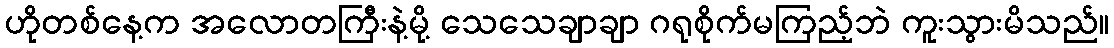
ဟိုတစ်နေ့က အလောတကြီးနဲ့မို့ သေသေချာချာ ဂရုစိုက်မကြည့်ဘဲ ကူးသွားမိသည်။